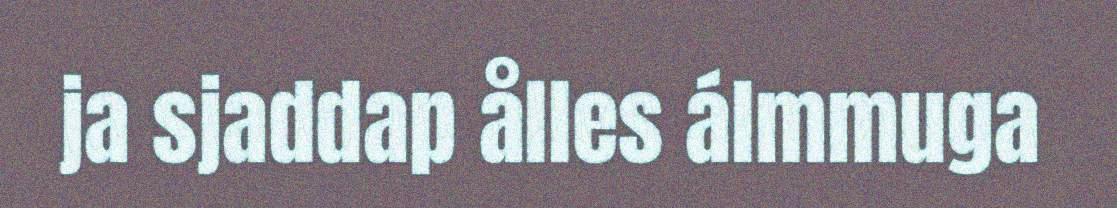
ja sjaddap ålles álmmuga